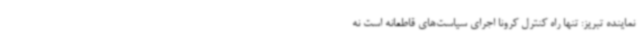
نماینده تبریز: تنها راه کنترل کرونا اجرای سیاست‌های قاطعانه است نه